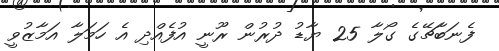
ފެނަބާޗޭގެ ގޯލާ 25 ޔާޑު ދުރުން ރޫނީ އުފެއްދި އެ ހަމަލާ އަމާޒުވީ